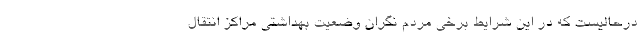
درحالیست که در این شرایط برخی مردم نگران وضعیت بهداشتی مراکز انتقال